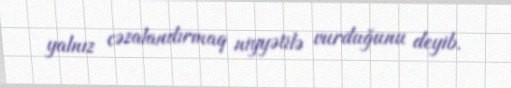
yalnız cəzalandırmaq niyyətilə vurduğunu deyib.